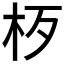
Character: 𱣁